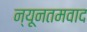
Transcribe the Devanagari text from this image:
न्यूनतमवाद